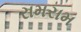
રામરામ